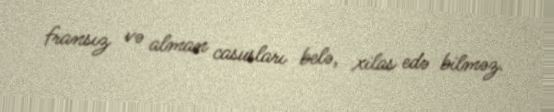
fransız və alman casusları belə, xilas edə bilməz.